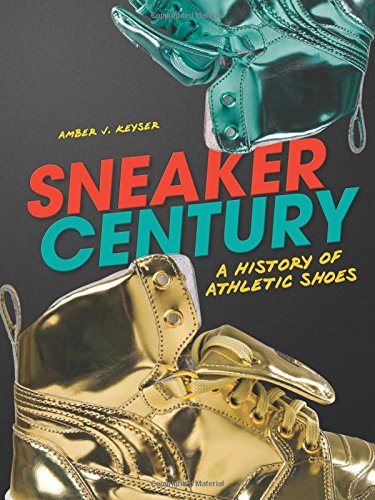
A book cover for Sneaker Century: A History of Athletic Shoes (Nonfiction - Young Adult); Amber J. Keyser; Teen & Young Adult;